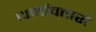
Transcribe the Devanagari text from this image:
धर्मावतारों